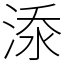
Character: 𣷹